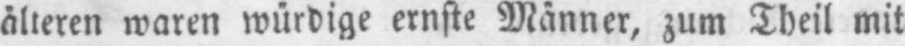
älteren waren würdige ernste Männer, zum Theil mit